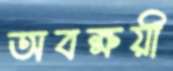
অবক্ষয়ী